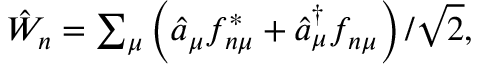
\begin{array} { r } { \hat { W } _ { n } = \sum _ { \mu } \left( \hat { a } _ { \mu } f _ { n \mu } ^ { * } + \hat { a } _ { \mu } ^ { \dagger } f _ { n \mu } \right) / \sqrt { 2 } , } \end{array}